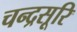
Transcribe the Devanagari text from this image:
चन्द्रसूरि